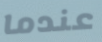
عندما